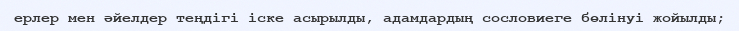
ерлер мен әйелдер теңдігі іске асырылды, адамдардың сословиеге бөлінуі жойылды;